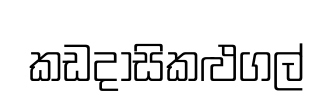
කඩදාසිකළුගල්